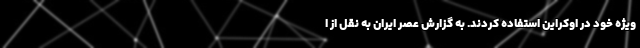
ویژه خود در اوکراین استفاده کردند. به گزارش عصر ایران به نقل از ا